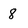
Character: 8